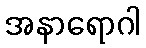
အနာရောဂါ